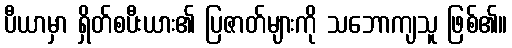
ပီယာမှာ ရှိတ်စပီးယား၏ ပြဇာတ်များကို သဘောကျသူ ဖြစ်၏။